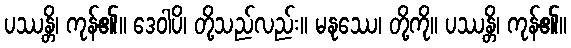
ပဿန္တိ၊ ကုန်၏။ ဒေဝါပိ၊ တို့သည်လည်း။ မနုဿေ၊ တို့ကို။ ပဿန္တိ၊ ကုန်၏။